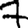
Digit: 7